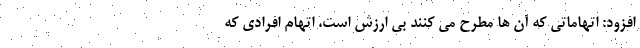
افزود: اتهاماتی که آن ها مطرح می کنند بی ارزش است. اتهام افرادی که